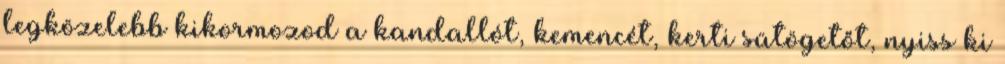
legközelebb kikormozod a kandallót, kemencét, kerti sütögetőt, nyiss ki